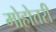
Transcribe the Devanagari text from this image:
मोहोत्तरी